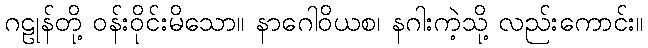
ဂဠုန်တို့ ဝန်းဝိုင်းမိသော။ နာဂေါဝိယစ၊ နဂါးကဲ့သို့ လည်းကောင်း။